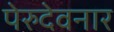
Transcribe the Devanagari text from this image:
पेरुदेवनार